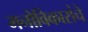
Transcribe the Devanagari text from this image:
मनोविकारांचे